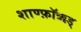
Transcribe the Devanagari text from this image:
शाण्फ़ॉऋड्